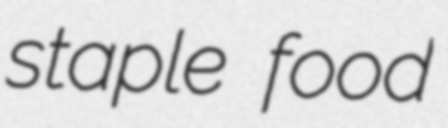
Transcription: staple food